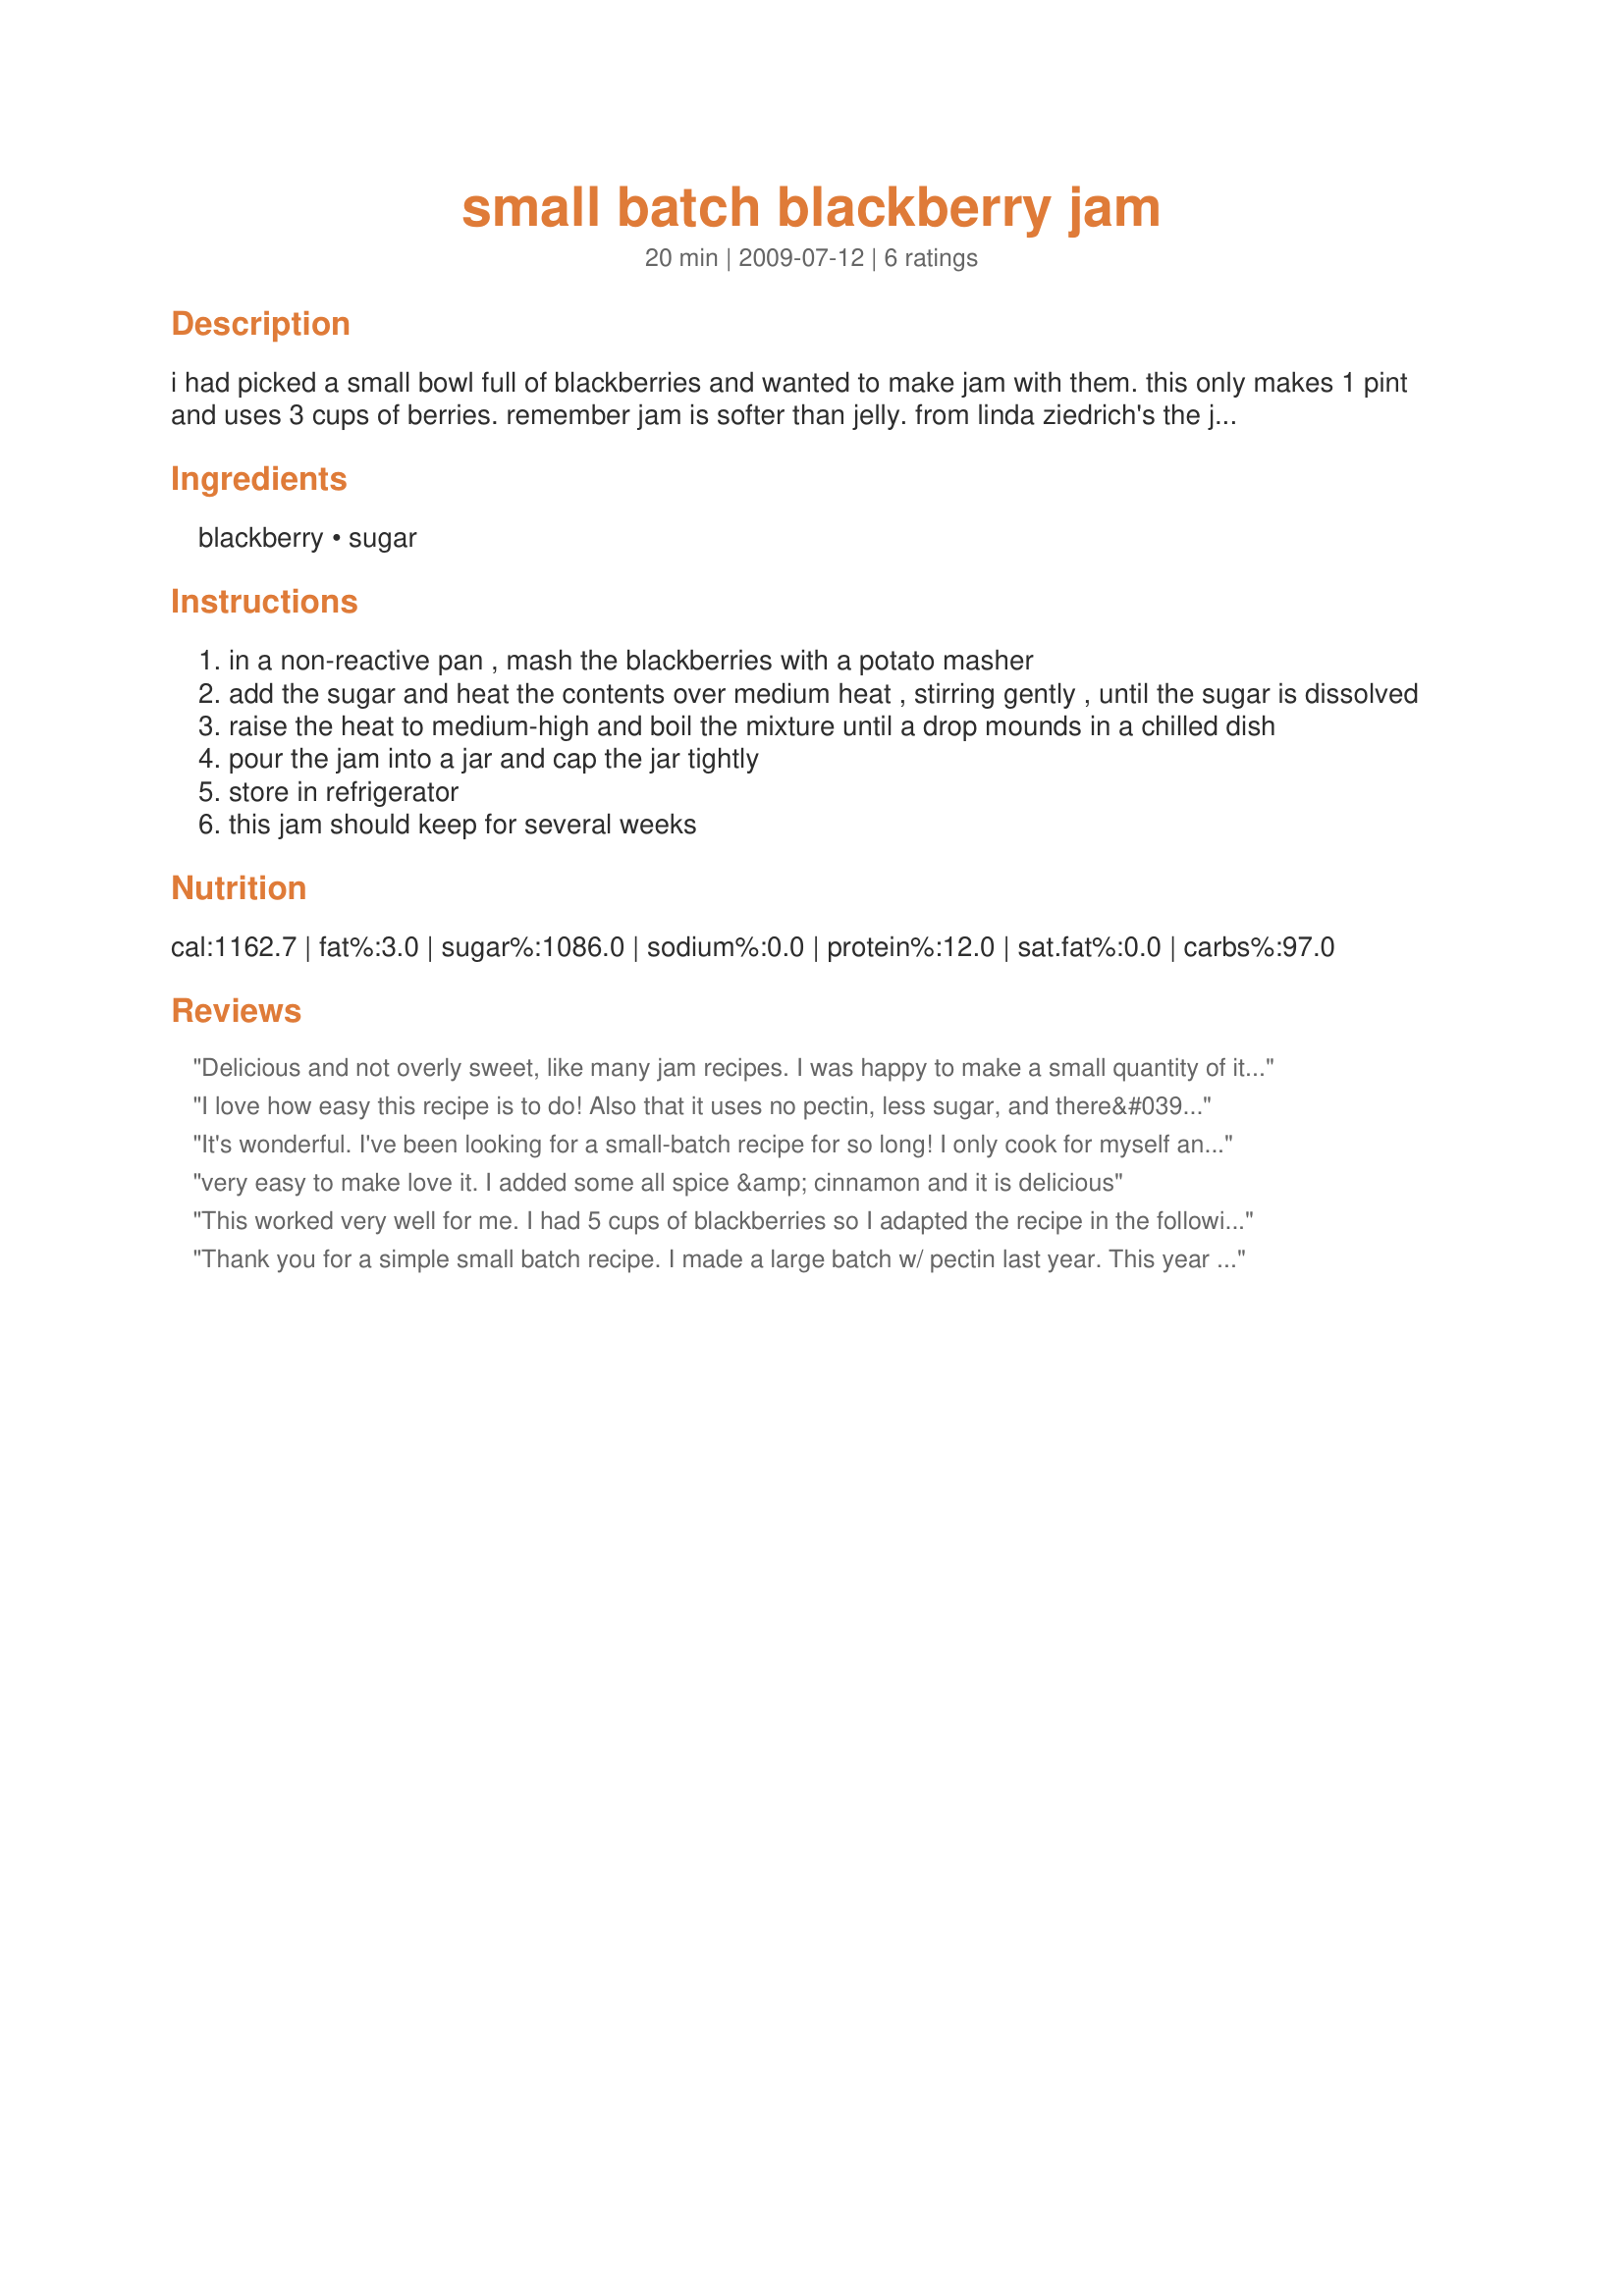
small batch blackberry jam
Preparation time: 20 minutes

i had picked a small bowl full of blackberries and wanted to make jam with them. this only makes 1 pint and uses 3 cups of berries. remember jam is softer than jelly. from linda ziedrich's the joy of jams, jellies and other sweet preserves.

Ingredients:
blackberry, sugar

Steps:
in a non-reactive pan , mash the blackberries with a potato masher
add the sugar and heat the contents over medium heat , stirring gently , until the sugar is dissolved
raise the heat to medium-high and boil the mixture until a drop mounds in a chilled dish
pour the jam into a jar and cap the jar tightly
store in refrigerator
this jam should keep for several weeks

Reviews:
Delicious and not overly sweet, like many jam recipes. I was happy to make a small quantity of it, because I only had about 3 cups of berries. I made a second time with 4.5 cups blackberries and 1 cup of sugar. I initially boiled the berries and sugar for 10 minutes, let cool and strained out the seeds. Then I brought to a boil until the mixture rose to 220 degrees F. I then poured into sterilized jars (boiled in cold water for 10 minutes) and boiled for 10 more minutes. It filled 2 small jars.
I love how easy this recipe is to do! Also that it uses no pectin, less sugar, and there&#039;s no canning equipment to mess with. Simple and tastes great. Made for Name That Ingredient.
It's wonderful. I've been looking for a small-batch recipe for so long! I only cook for myself and don't have much storage space so this is just the perfect recipe. I'm also a beginner cook so the simplicity of this was great. If I ever could find enough elderberries, I would try this with them.
very easy to make love it. I added some all spice &amp; cinnamon and it is delicious
This worked very well for me. I had 5 cups of blackberries so I adapted the recipe in the following way. Since I was making 1.6 times the recipe, I entered that number in the box at the top to find out how much sugar to add. Also put in juice of half a lime to help with setting. Boiled about 10 to 11 minutes. Excellent! Thanks for posting.
Thank you for a simple small batch recipe. I made a large batch w/ pectin last year. This year we didn't get as many blackberries when we picked. I had maybe 4.5 cups blackberries w/ less than a handful of tart blueberries thrown in there. I used 2 cups sugar and cooked maybe 12min when the directions said approx 10min. It came out wonderful! So glad this is our 3rd year making blackberry jam since these berries are to tart to do anything else w/ them I get to enjoy them on toast and scones all year! Thank you! I made almost 3- 8oz jars, but I still have some from last year! Thank you for a simple and small recipe! Made again a week later I had 3 cups blackberries and 2 cups blueberries, I used a food mill on the blackberries which left a half cup of waste/seeds. So it was probably again 4.5 cups berries and I did 1 & 3/4 cups of sugar and ended up w/ exactly 3-8oz jars. Thanks we love this recipe!
